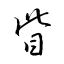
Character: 眥